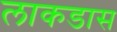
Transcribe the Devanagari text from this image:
लाकडास